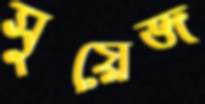
সুয়েজ